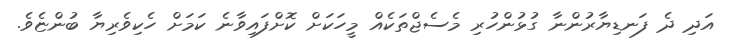
އަދި ދެ ފަނޑިޔާރުންނާ ގުޅުންހުރި މެސެޖްތަކެއް މީހަކަށް ކޮށްފައިވާނެ ކަމަށް ހެކިވެރިޔާ ބުންޏެވެ.